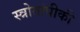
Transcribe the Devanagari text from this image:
स्त्रोतांपीकी